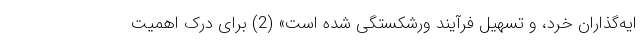
ایه‌گذاران خرد، و تسهیل فرآیند ورشکستگی شده است» (2) برای درک اهمیت